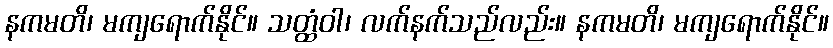
နကမတိ၊ မကျရောက်နိုင်။ သတ္ထံဝါ၊ လက်နက်သည်လည်း။ နကမတိ၊ မကျရောက်နိုင်။